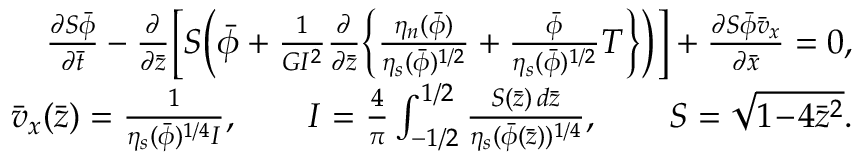
\begin{array} { r l r } & { } & { \frac { \partial S \bar { \phi } } { \partial \bar { t } } - \frac { \partial } { \partial \bar { z } } \biggl [ S \Bigl ( \bar { \phi } + \frac { 1 } { G I ^ { 2 } } \frac { \partial } { \partial \bar { z } } \Bigl \{ \frac { \eta _ { n } ( \bar { \phi } ) } { \eta _ { s } ( \bar { \phi } ) ^ { 1 / 2 } } + \frac { \bar { \phi } } { \eta _ { s } ( \bar { \phi } ) ^ { 1 / 2 } } T \Bigr \} \Bigr ) \biggr ] + \frac { \partial S \bar { \phi } \bar { v } _ { x } } { \partial \bar { x } } = 0 , } \\ & { } & { \bar { v } _ { x } ( \bar { z } ) = \frac { 1 } { \eta _ { s } ( \bar { \phi } ) ^ { 1 / 4 } I } , \qquad I = \frac { 4 } { \pi } \int _ { - 1 / 2 } ^ { 1 / 2 } \frac { S ( \bar { z } ) \, d \bar { z } } { \eta _ { s } ( \bar { \phi } ( \bar { z } ) ) ^ { 1 / 4 } } , \qquad S = \sqrt { 1 \! - \! 4 \bar { z } ^ { 2 } } . } \end{array}